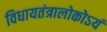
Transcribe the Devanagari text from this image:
विधायतंत्रालोकोऽयं